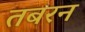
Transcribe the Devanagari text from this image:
तबरन